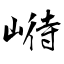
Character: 崻